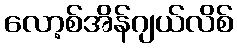
လော့စ်အိန်ဂျယ်လိစ်